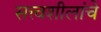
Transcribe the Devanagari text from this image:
सत्त्वशीलांचे